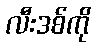
လီးဒစ်ကို